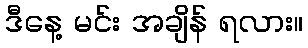
ဒီနေ့ မင်း အချိန် ရလား။